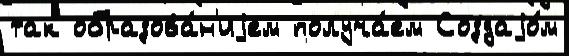
так образова́н'иjем получа́ем Создаjо́м